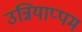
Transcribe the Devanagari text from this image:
उन्नियाप्पम